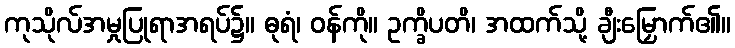
ကုသိုလ်အမှုပြုရာအရပ်၌။ ဓုရံ၊ ဝန်ကို။ ဥက္ခိပတိ၊ အထက်သို့ ချီးမြှောက်၏။